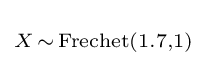
\scriptstyle X\,\sim \,{\text{Frechet}}(1.7,1)